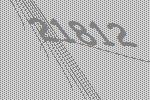
21812